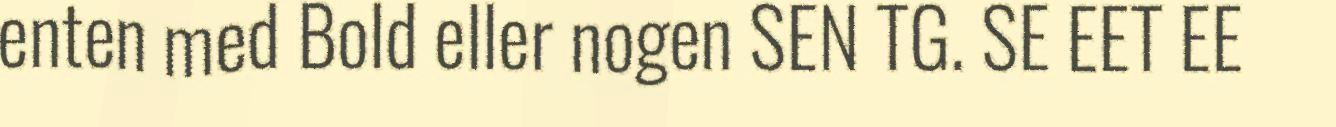
enten med Bold eller nogen SEN TG. SE EET EE